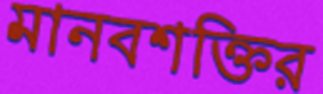
মানবশক্তির